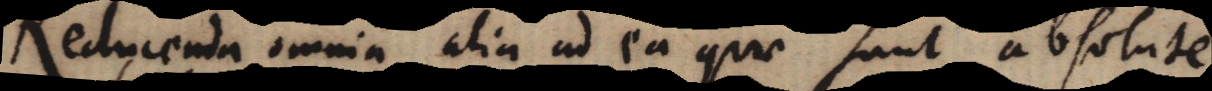
Reducenda omnia alia ad ea quae sunt absolute